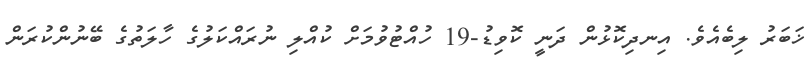
ޚަބަރު ލިބެއެވެ. އިނދިކޮޅުން ދަނީ ކޮވިޑު-19 ހުއްޓުވުމަށް ކުއްލި ނުރައްކަލުގެ ހާލަތުގެ ބޭނުންކުރަން